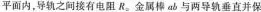
平面内，导轨之间接有电阻R_{0}金属棒ab与两导轨垂直并保